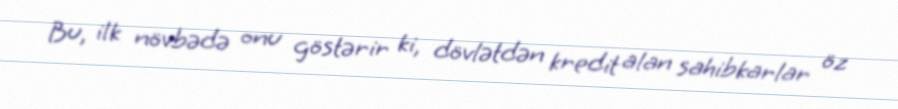
Bu, ilk növbədə onu göstərir ki, dövlətdən kredit alan sahibkarlar öz